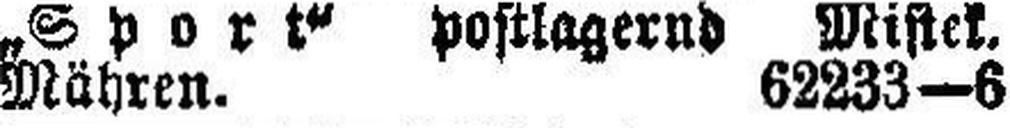
Mähren. 62233—6